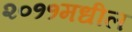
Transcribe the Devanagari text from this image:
२०११मधील